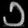
Digit: ၁